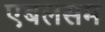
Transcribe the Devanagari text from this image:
एबलसम